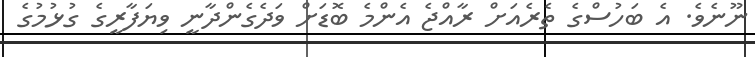
ނޫނެވެ. އެ ބަހުސްގެ ތެރެއަށް ރާއްޖެ އެންމެ ބޮޑަށް ވަދެގެންދާނީ ވިޔަފާރީގެ ގުޅުމުގެ